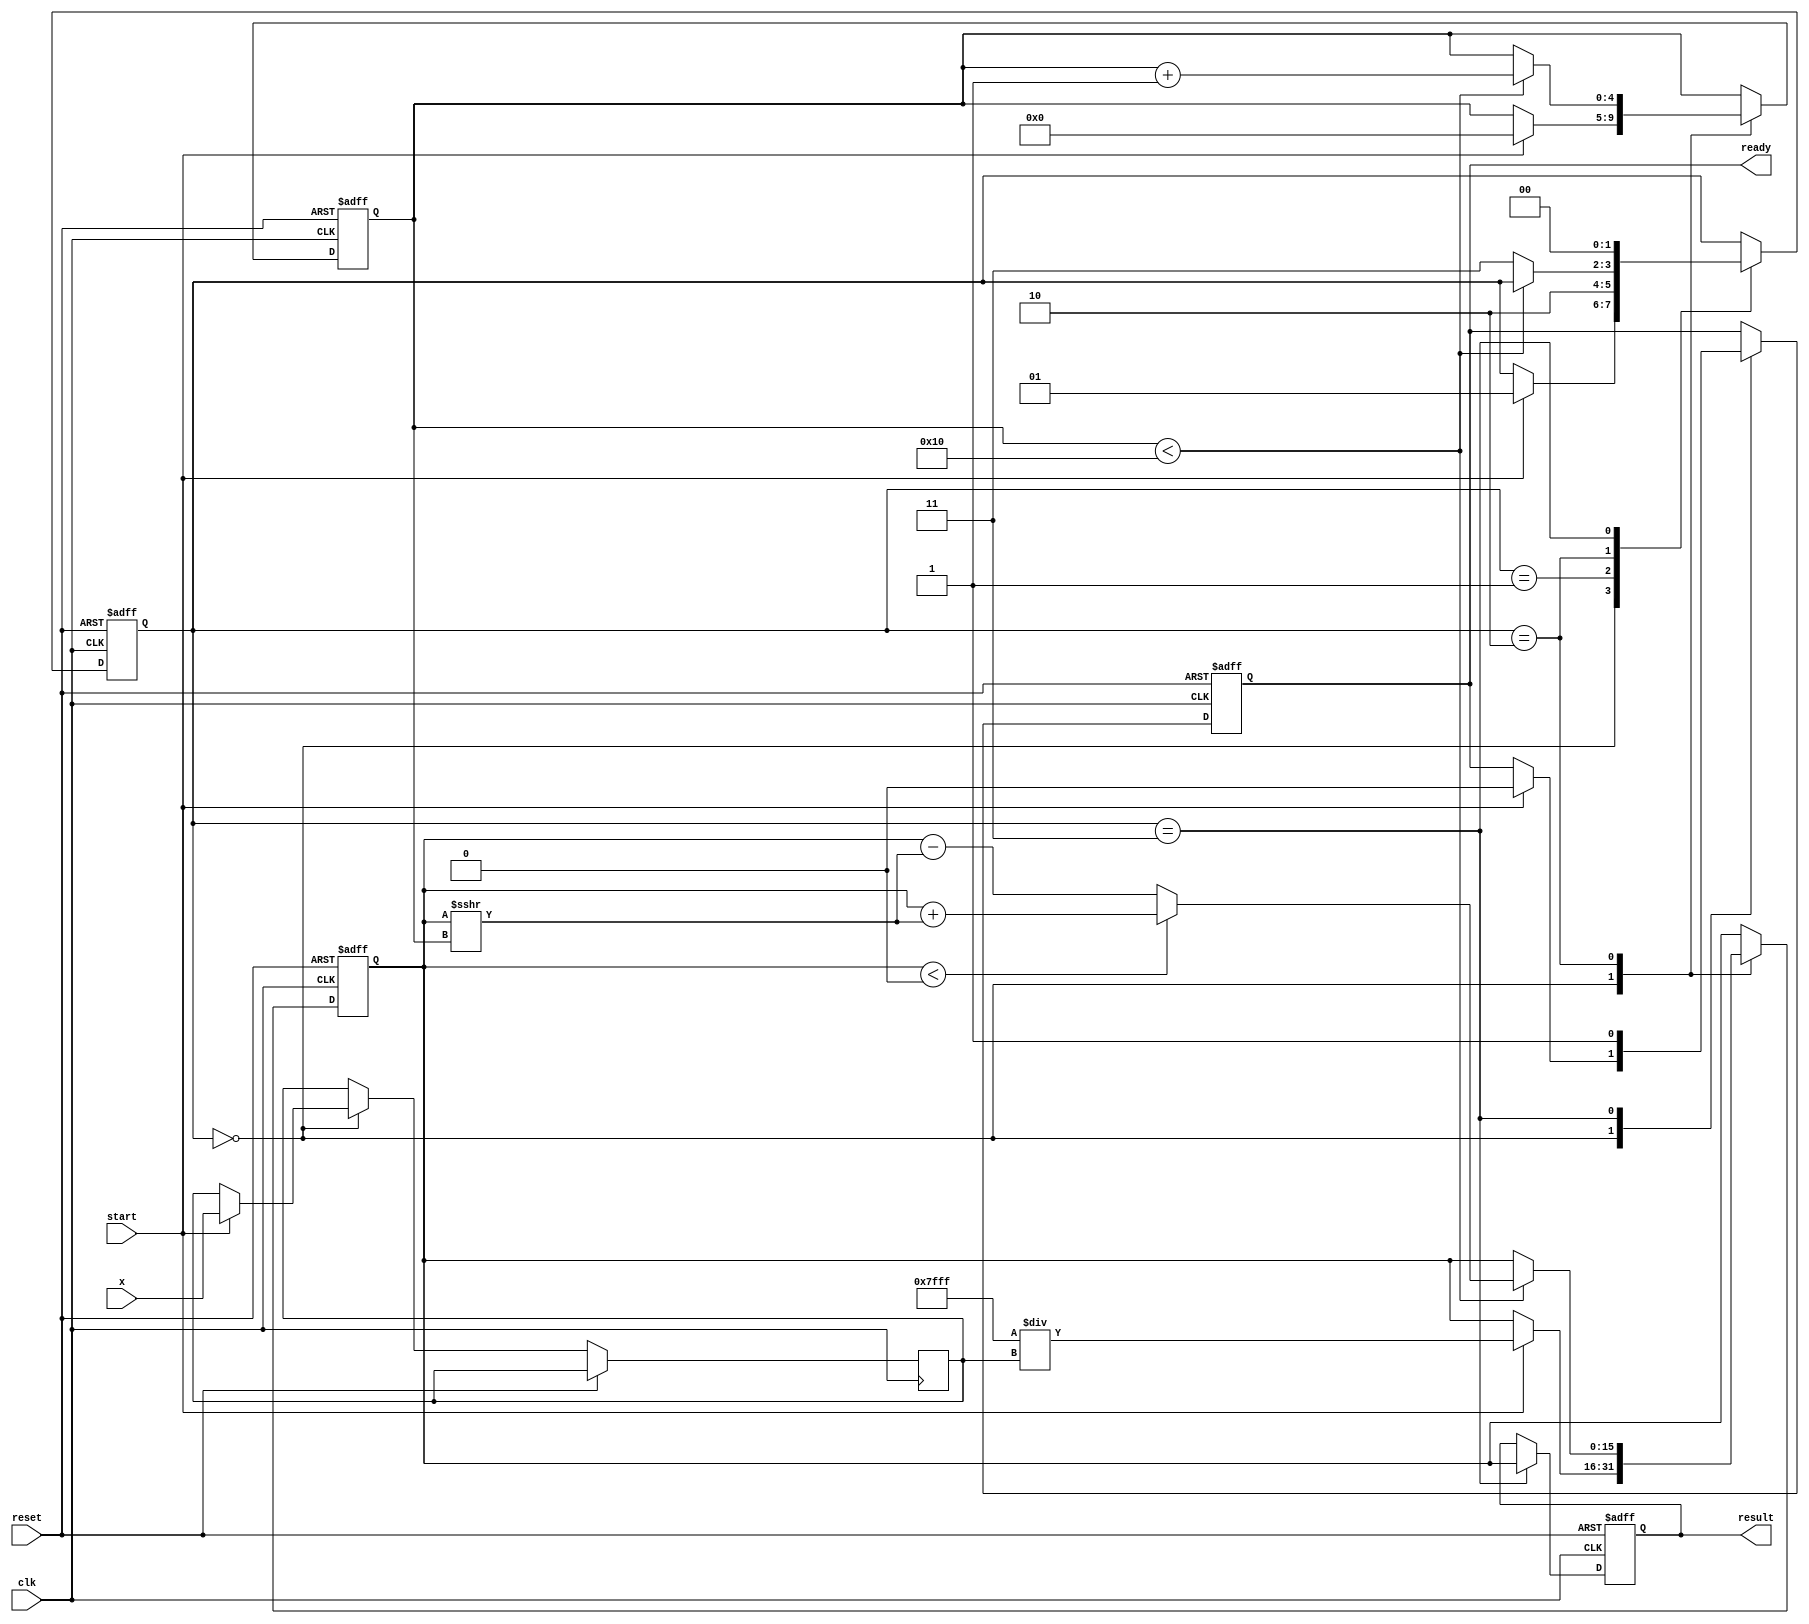
module cordic_reciprocal #(
    parameter N = 16,               // Number of bits for fixed-point representation
    parameter ITERATIONS = 16       // Number of CORDIC iterations
)(
    input wire clk,
    input wire reset,
    input wire start,
    input wire signed [N-1:0] x,
    output reg signed [N-1:0] result,
    output reg ready
);

    // Internal registers
    reg signed [N-1:0] z;           // Current approximation of reciprocal
    reg signed [N-1:0] x_reg;       // Input value
    reg [4:0] iteration_count;       // Iteration counter
    reg [1:0] state;                 // State machine
    reg signed [N-1:0] angle;        // Angle for CORDIC rotation
    reg signed [N-1:0] angle_table [0:ITERATIONS-1]; // Precomputed angles

    // State definitions
    localparam IDLE = 2'b00;
    localparam INIT = 2'b01;
    localparam ITERATE = 2'b10;
    localparam DONE = 2'b11;

    // Initialize angle table (arctan(2^-i) for i = 0 to ITERATIONS-1)
    initial begin
        angle_table[0] = 16'h1C71; // atan(1) in fixed-point
        angle_table[1] = 16'h0D9A; // atan(0.5)
        angle_table[2] = 16'h05A8; // atan(0.25)
        angle_table[3] = 16'h0282; // atan(0.125)
        // ... Fill in the rest of the angle values
        // For simplicity, only a few angles are initialized here
    end

    // State machine and control logic
    always @(posedge clk or posedge reset) begin
        if (reset) begin
            state <= IDLE;
            result <= 0;
            ready <= 0;
            iteration_count <= 0;
            z <= 0;
        end else begin
            case (state)
                IDLE: begin
                    if (start) begin
                        x_reg <= x;
                        // Initial approximation (1/x) can be set here
                        z <= 16'h7FFF / x_reg; // Example initial guess
                        iteration_count <= 0;
                        state <= INIT;
                        ready <= 0;
                    end
                end

                INIT: begin
                    // Start CORDIC iterations
                    state <= ITERATE;
                end

                ITERATE: begin
                    if (iteration_count < ITERATIONS) begin
                        // CORDIC rotation logic
                        if (z < 0) begin
                            z <= z + (z >>> iteration_count); // Adjust for negative
                        end else begin
                            z <= z - (z >>> iteration_count); // Adjust for positive
                        end
                        // Update angle based on iteration
                        angle <= angle_table[iteration_count];
                        iteration_count <= iteration_count + 1;
                    end else begin
                        // Finished iterations
                        state <= DONE;
                    end
                end

                DONE: begin
                    result <= z; // Output the computed reciprocal
                    ready <= 1;  // Indicate that the result is valid
                    state <= IDLE; // Go back to IDLE state
                end
            endcase
        end
    end

endmodule